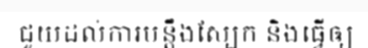
ជួយដល់ការបន្តឹងស្បែក និងធ្វើឲ្យ